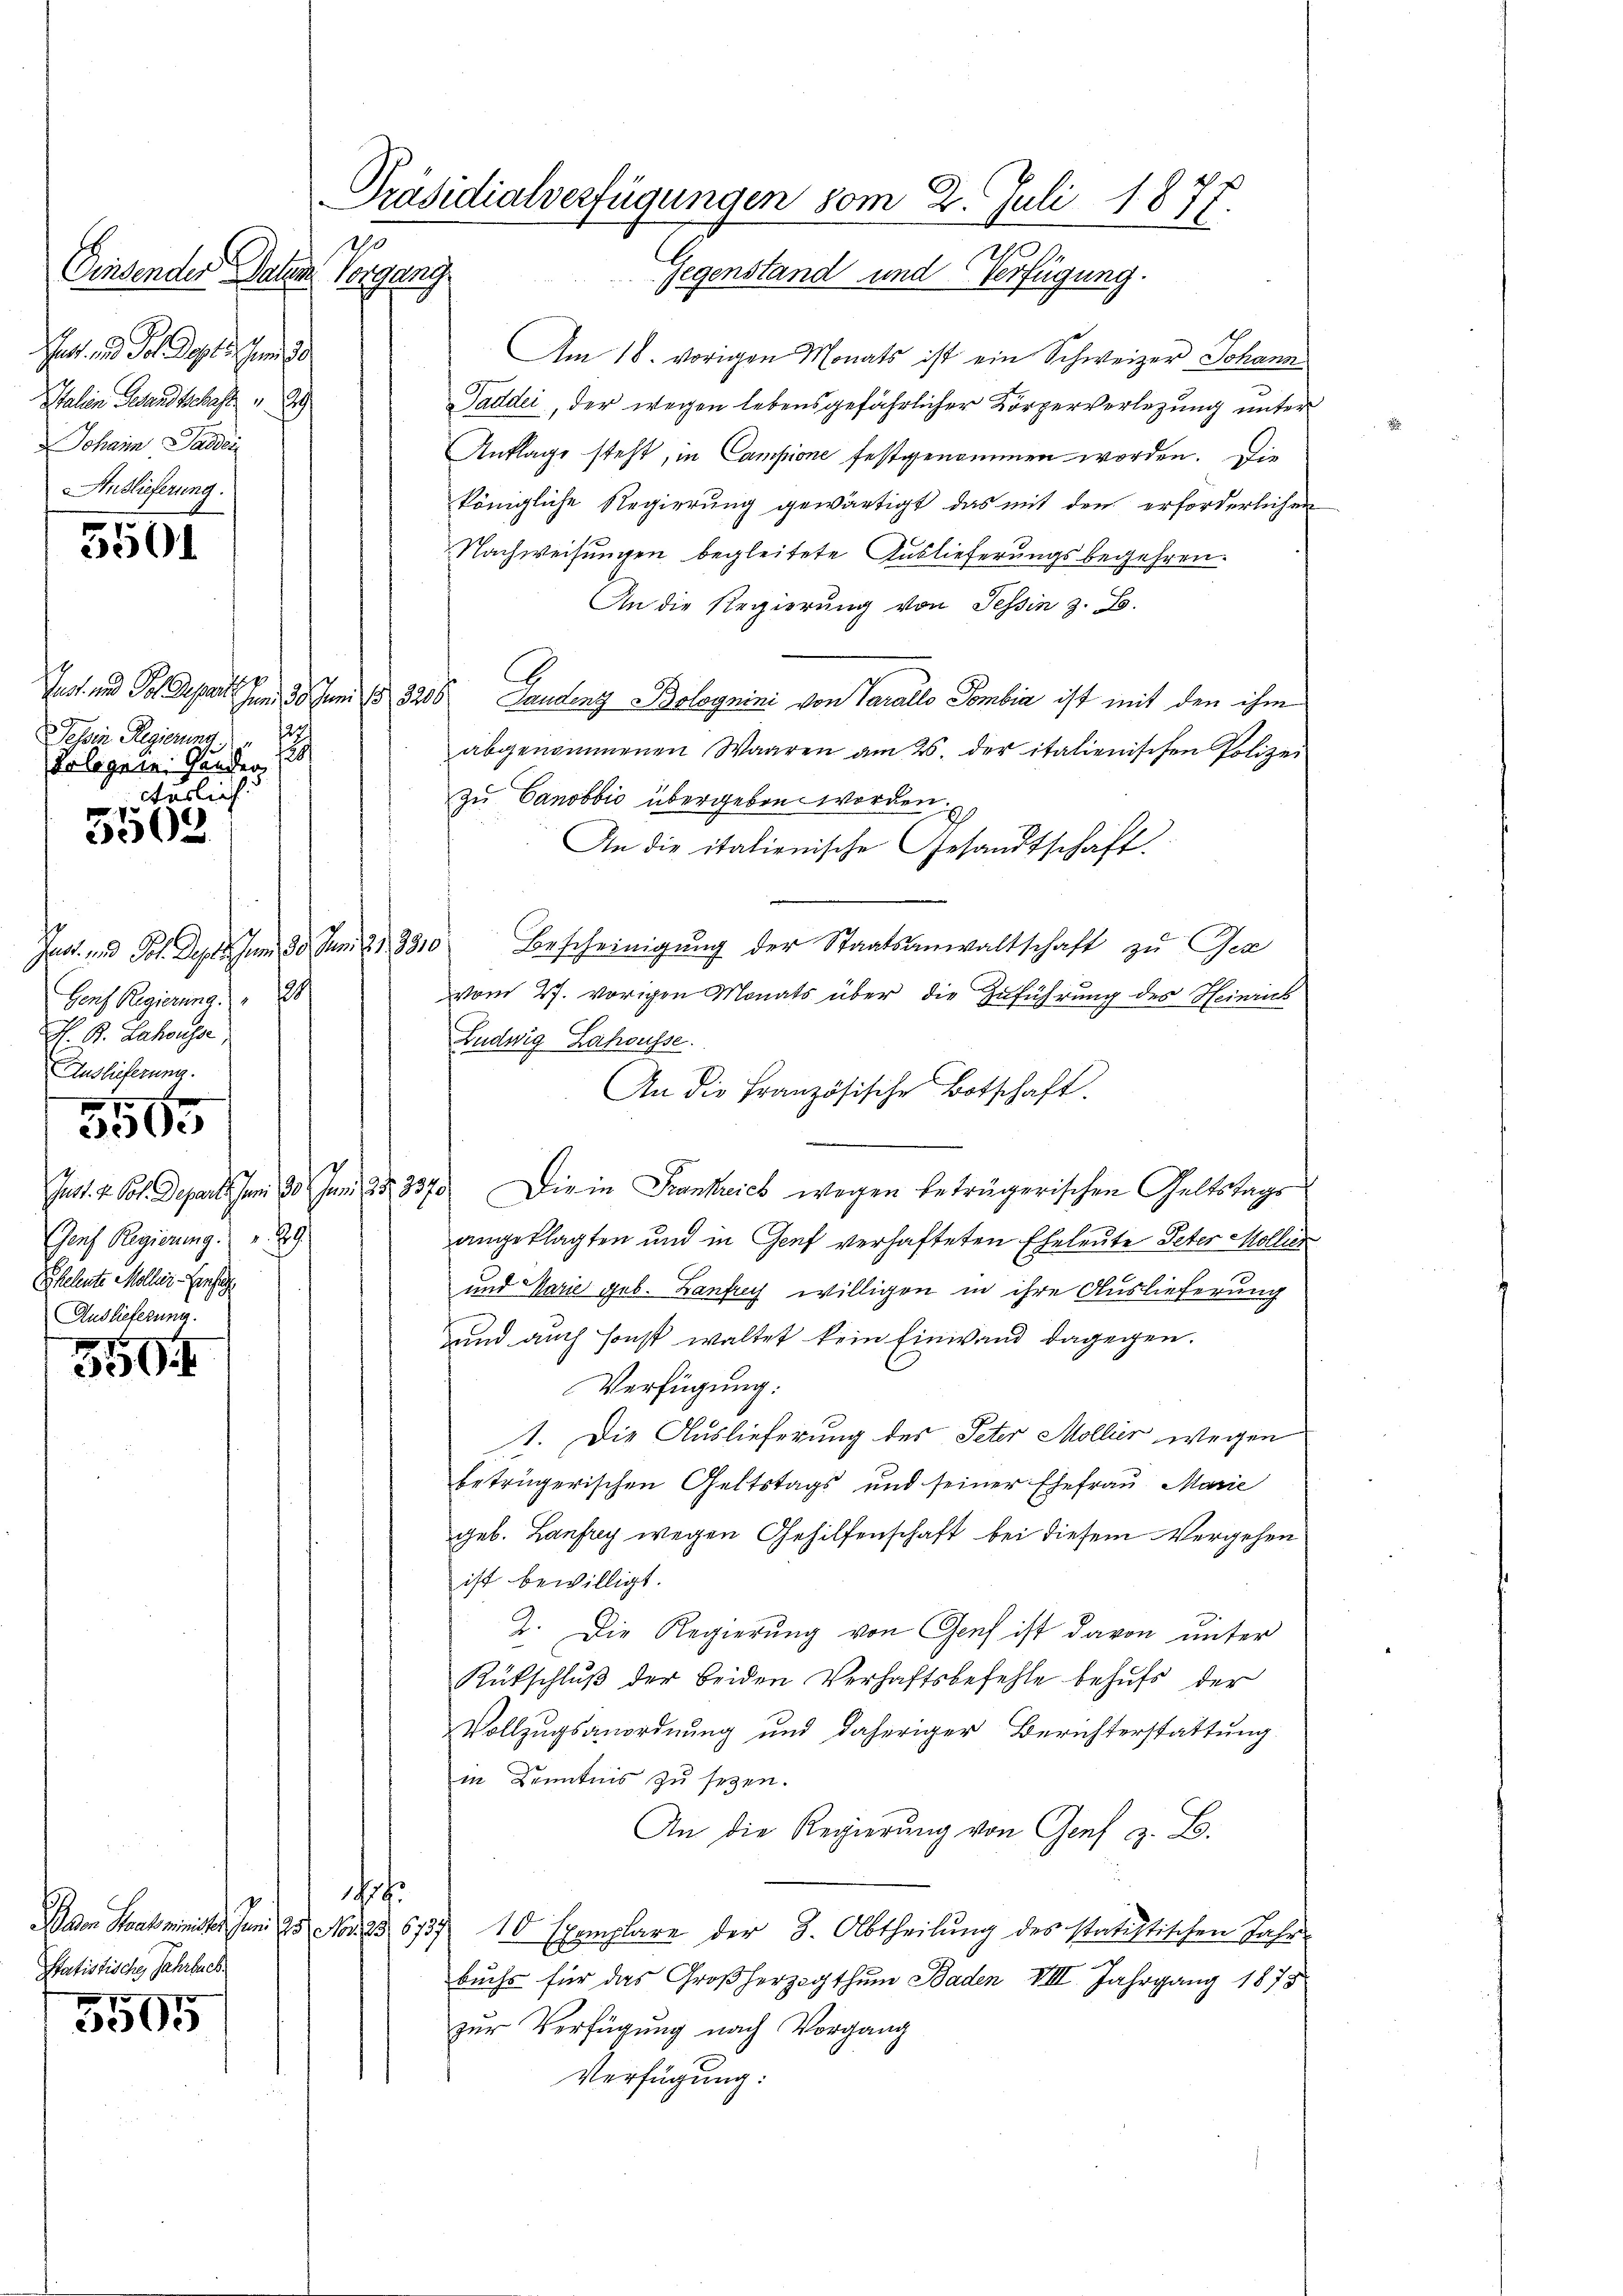
.
201

Präsidialverfügungen vom 2. Juli 1877.
Dinsender Paten Vorgang
Gegenstand und Verfügung.

Hast und Sol als um
Italien Gesandtschaft 29
Johann Padei
AAuslieferung.

Jehin Regierung.
sch
tolegann. Gunder
ctärlich

7
303.

Jast- und Joh. Deper Jun 30. Januar 1890
Genf Regierung " " 20
H. B. Lahouser,
Auslieferung.
emer

.

Genf Regierung " " 29
Eheleute Molliei- Einsige
Auslieferung.

e

250

Statistische Jahrbuch
7

3505

Am 16. vorigen Monats ist ein Schweizer Johann
Taddei, der wegen lebensgefährlicher Körperverlegung unter
Anklage steht, in Campione festgenommen worden. Die
königliche Regierung gewärtigt, das mit dem erforderlichen
Nachweisungen begleitete Auslieferungsbegehren.
An die Regierung von Tessin z. B.
Just und Pol Depart am 30. Juni 183206. Landenz Bolognini von Parallo Tombia ist mit den ihm
abgenommenen Waaren am 26. der italienischen Polizei
zu Canobbio übergeben worden.
An die italienische Gesandtschaft.
Bescheinigŭng der Staatsanwaltschaft zu Ger
vom 27. vorigen Monats über die Zuführung des Heinrich
Ludwig Lahousse.
An die Französische Botschaft.
Jut. v. Sol. Departs am 28. Juni 183379. Die in Frankreich wegen beträgerischen Geltstags
angeklagten und in Genf verhafteten Eheleute Peter Mollier
und Marie geb. Zanfrey willigen in ihre Auslieferung
und auch sonst waltet kein Einwand dagegen.
Verfügung:
1. Die Auslieferung des Peter Mollier wegen
betrügerischen Geltstags und seiner Ehefrau Marie
geb. Laufrey wegen Gehilfenschaft bei diesem Vergehen
ist bewilligt.
2. Die Regierung von Genf ist davon unter
Rütschluß der beiden Verhaftsbefehle behufs der
Vollzugsanordnung und daheriger Berichterstattung.
in Kenntnis zu seyen.
An die Regierung von Genf z. B.
e
Ivan Staatsminister Jun. 25. No. 83. 673 10 Exemplare der 3. Abtheilung des statistischen Jahr
buchs für das Großherzogthum Baden VIII. Jahrgang 1878
zur Verfügung nach Vorgang
Verfügung: